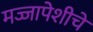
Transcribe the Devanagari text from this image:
मज्जापेशीचे